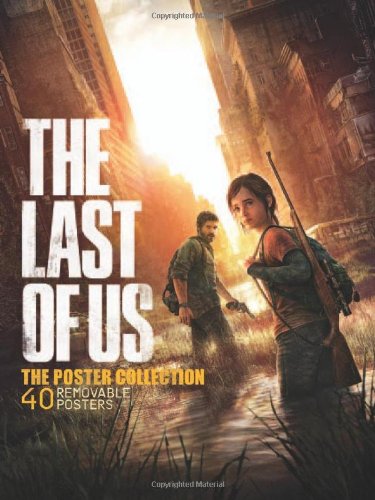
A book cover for The Last of Us: The Poster Collection; Arts & Photography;